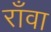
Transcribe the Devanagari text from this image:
राँवा